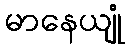
မာနေယျုံ